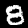
Digit: 8